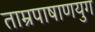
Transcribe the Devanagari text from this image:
ताम्रपाषाणयुग